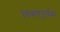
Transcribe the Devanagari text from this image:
विवाहपूर्वक